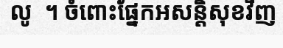
លូ  ។ ចំពោះផ្នែកអសន្តិសុខវិញ